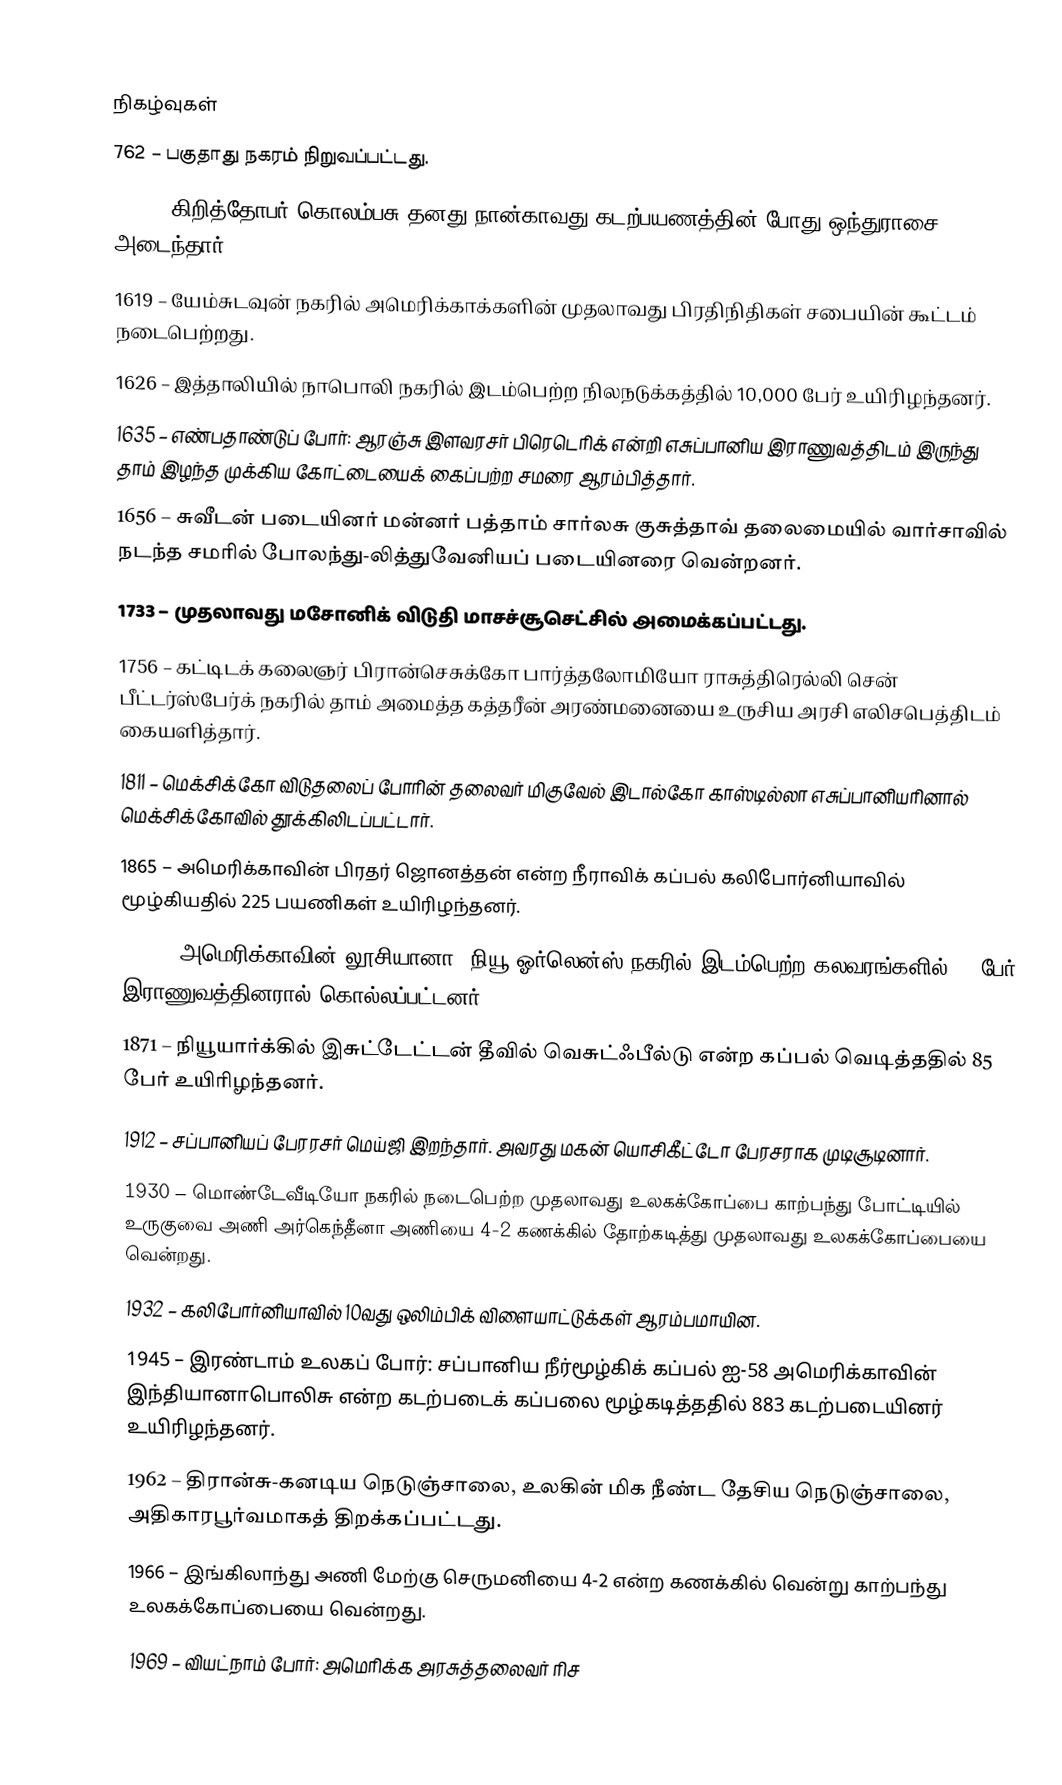

நிகழ்வுகள்
 762 – பகுதாது நகரம் நிறுவப்பட்டது.
1502 – கிறித்தோபர் கொலம்பசு தனது நான்காவது கடற்பயணத்தின் போது ஒந்துராசை அடைந்தார்.
1619 – யேம்சுடவுன் நகரில் அமெரிக்காக்களின் முதலாவது பிரதிநிதிகள் சபையின் கூட்டம் நடைபெற்றது.
1626 – இத்தாலியில் நாபொலி நகரில் இடம்பெற்ற நிலநடுக்கத்தில் 10,000 பேர் உயிரிழந்தனர்.
1635 – எண்பதாண்டுப் போர்: ஆரஞ்சு இளவரசர் பிரெடெரிக் என்றி எசுப்பானிய இராணுவத்திடம் இருந்து தாம் இழந்த முக்கிய கோட்டையைக் கைப்பற்ற சமரை ஆரம்பித்தார்.
1656 – சுவீடன் படையினர் மன்னர் பத்தாம் சார்லசு குசுத்தாவ் தலைமையில் வார்சாவில் நடந்த சமரில் போலந்து-லித்துவேனியப் படையினரை வென்றனர்.
1733 – முதலாவது மசோனிக் விடுதி மாசச்சூசெட்சில் அமைக்கப்பட்டது.
1756 – கட்டிடக் கலைஞர் பிரான்செசுக்கோ பார்த்தலோமியோ ராசுத்திரெல்லி சென் பீட்டர்ஸ்பேர்க் நகரில் தாம் அமைத்த கத்தரீன் அரண்மனையை உருசிய அரசி எலிசபெத்திடம் கையளித்தார்.
1811 – மெக்சிக்கோ விடுதலைப் போரின் தலைவர் மிகுவேல் இடால்கோ காஸ்டில்லா எசுப்பானியரினால் மெக்சிக்கோவில் தூக்கிலிடப்பட்டார்.
1865 – அமெரிக்காவின் பிரதர் ஜொனத்தன் என்ற நீராவிக் கப்பல் கலிபோர்னியாவில் மூழ்கியதில் 225 பயணிகள் உயிரிழந்தனர்.
1866 – அமெரிக்காவின் லூசியானா, நியூ ஓர்லென்ஸ் நகரில் இடம்பெற்ற கலவரங்களில் 48 பேர் இராணுவத்தினரால் கொல்லப்பட்டனர்.
1871 – நியூயார்க்கில் இசுட்டேட்டன் தீவில் வெசுட்ஃபீல்டு என்ற கப்பல் வெடித்ததில் 85 பேர் உயிரிழந்தனர்.
1912 – சப்பானியப் பேரரசர் மெய்ஜி இறந்தார். அவரது மகன் யொசிகீட்டோ பேரசராக முடிசூடினார்.
1930 – மொண்டேவீடியோ நகரில் நடைபெற்ற முதலாவது உலகக்கோப்பை காற்பந்து போட்டியில் உருகுவை அணி அர்கெந்தீனா அணியை 4-2 கணக்கில் தோற்கடித்து முதலாவது உலகக்கோப்பையை வென்றது.
1932 – கலிபோர்னியாவில் 10வது ஒலிம்பிக் விளையாட்டுக்கள் ஆரம்பமாயின.
1945 – இரண்டாம் உலகப் போர்: சப்பானிய நீர்மூழ்கிக் கப்பல் ஐ-58 அமெரிக்காவின் இந்தியானாபொலிசு என்ற கடற்படைக் கப்பலை மூழ்கடித்ததில் 883 கடற்படையினர் உயிரிழந்தனர்.
1962 – திரான்சு-கனடிய நெடுஞ்சாலை, உலகின் மிக நீண்ட தேசிய நெடுஞ்சாலை, அதிகாரபூர்வமாகத் திறக்கப்பட்டது.
1966 – இங்கிலாந்து அணி மேற்கு செருமனியை 4-2 என்ற கணக்கில் வென்று காற்பந்து உலகக்கோப்பையை வென்றது.
1969 – வியட்நாம் போர்: அமெரிக்க அரசுத்தலைவர் ரிச